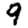
Digit: 9